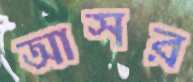
আসর